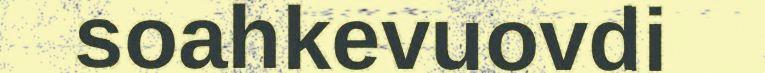
soahkevuovdi